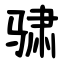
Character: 骕